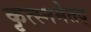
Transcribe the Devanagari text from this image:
कृत्स्नमेतद्